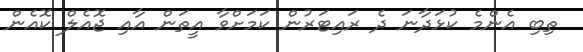
ތިބި އެންމެ ކުޅަދާނަ ދެ ރައިޓަރުން ކަމަށްވާ އީތަން އާއި ޖޮއެލް ކޮއެން